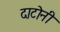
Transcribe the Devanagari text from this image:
दाटोनी